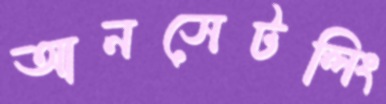
আনসেটলিং